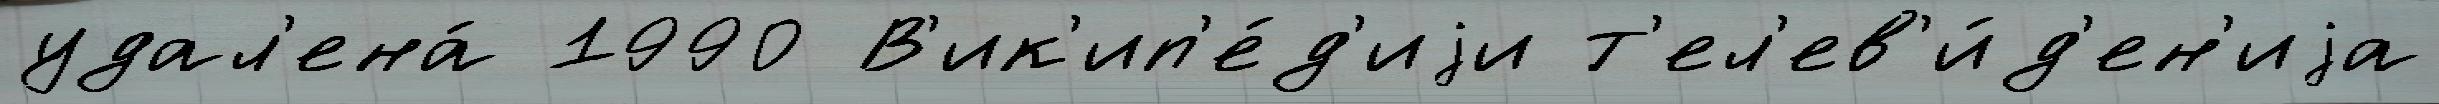
удал'ена́ 1990 В'ик'ип'е́д'иjи т'ел'ев'и́д'ен'иjа